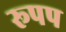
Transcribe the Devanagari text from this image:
रूपप